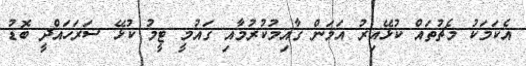
އެކަމަކު މެޗުތައް ކުޅޭއިރު އަމަން ގާއިމުކުރުމާއި ގައުމީ ޓީމު ކުޅޭ ސަރަހައްދީ ބޮޑު